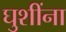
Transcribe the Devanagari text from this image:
घुशींना